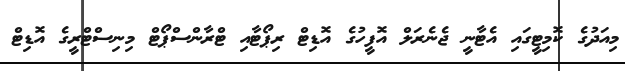
މިއަދުގެ ކޮމިޓީގައި އެޓާނީ ޖެނެރަލް އޮފީހުގެ އޮޑިޓް ރިޕޯޓާއި ޓްރާންސްޕޯޓް މިނިސްޓްރީގެ އޮޑިޓް